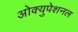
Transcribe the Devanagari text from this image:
ओक्युपेशनल